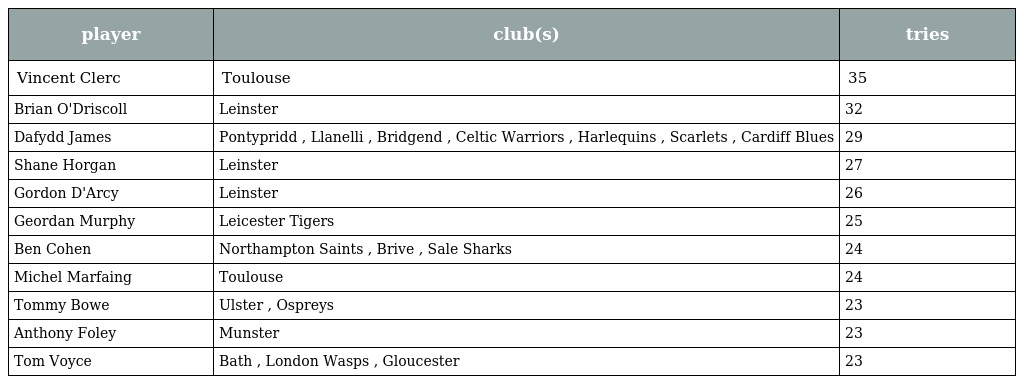
| player | club(s) | tries |
 | --- | --- | --- |
 | Vincent Clerc | Toulouse | 35 |
 | Brian O'Driscoll | Leinster | 32 |
 | Dafydd James | Pontypridd , Llanelli , Bridgend , Celtic Warriors , Harlequins , Scarlets , Cardiff Blues | 29 |
 | Shane Horgan | Leinster | 27 |
 | Gordon D'Arcy | Leinster | 26 |
 | Geordan Murphy | Leicester Tigers | 25 |
 | Ben Cohen | Northampton Saints , Brive , Sale Sharks | 24 |
 | Michel Marfaing | Toulouse | 24 |
 | Tommy Bowe | Ulster , Ospreys | 23 |
 | Anthony Foley | Munster | 23 |
 | Tom Voyce | Bath , London Wasps , Gloucester | 23 |